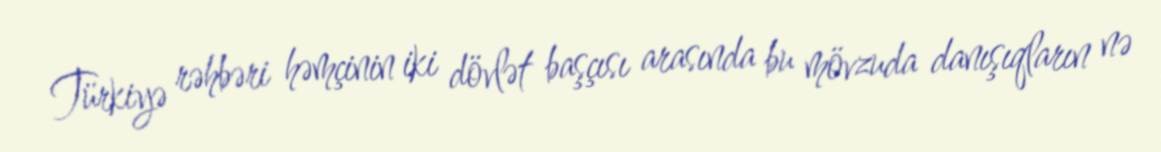
Türkiyə rəhbəri həmçinin iki dövlət başçısı arasında bu mövzuda danışıqların nə